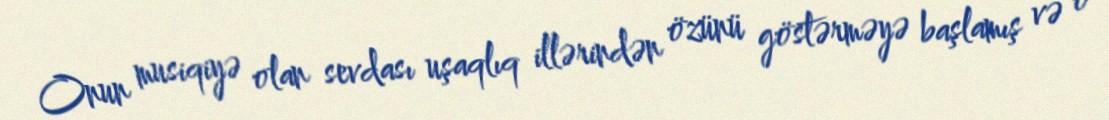
Onun musiqiyə olan sevdası uşaqlıq illərindən özünü göstərməyə başlamış və o